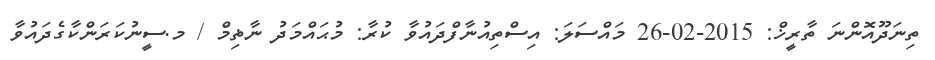
ތިނަދޫއޮންނަ ތާރީޚް: 2015-02-26 މައްސަލަ: އިސްތިއުނާފްދައުވާ ކުރާ: މުޙައްމަދު ނާޡިމް / މ.ސީނުކަރަންކާގެދައުވާ